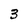
Character: 3